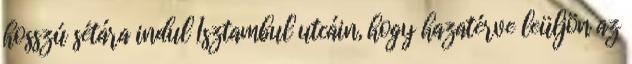
hosszú sétára indul Isztambul utcáin, hogy hazatérve leüljön az